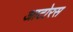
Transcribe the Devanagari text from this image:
आटोरस